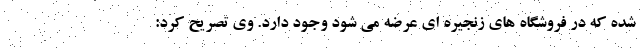
شده که در فروشگاه های زنجیره ای عرضه می شود وجود دارد. وی تصریح کرد: